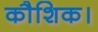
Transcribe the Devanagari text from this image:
कौशिक।